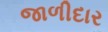
જાળીદાર